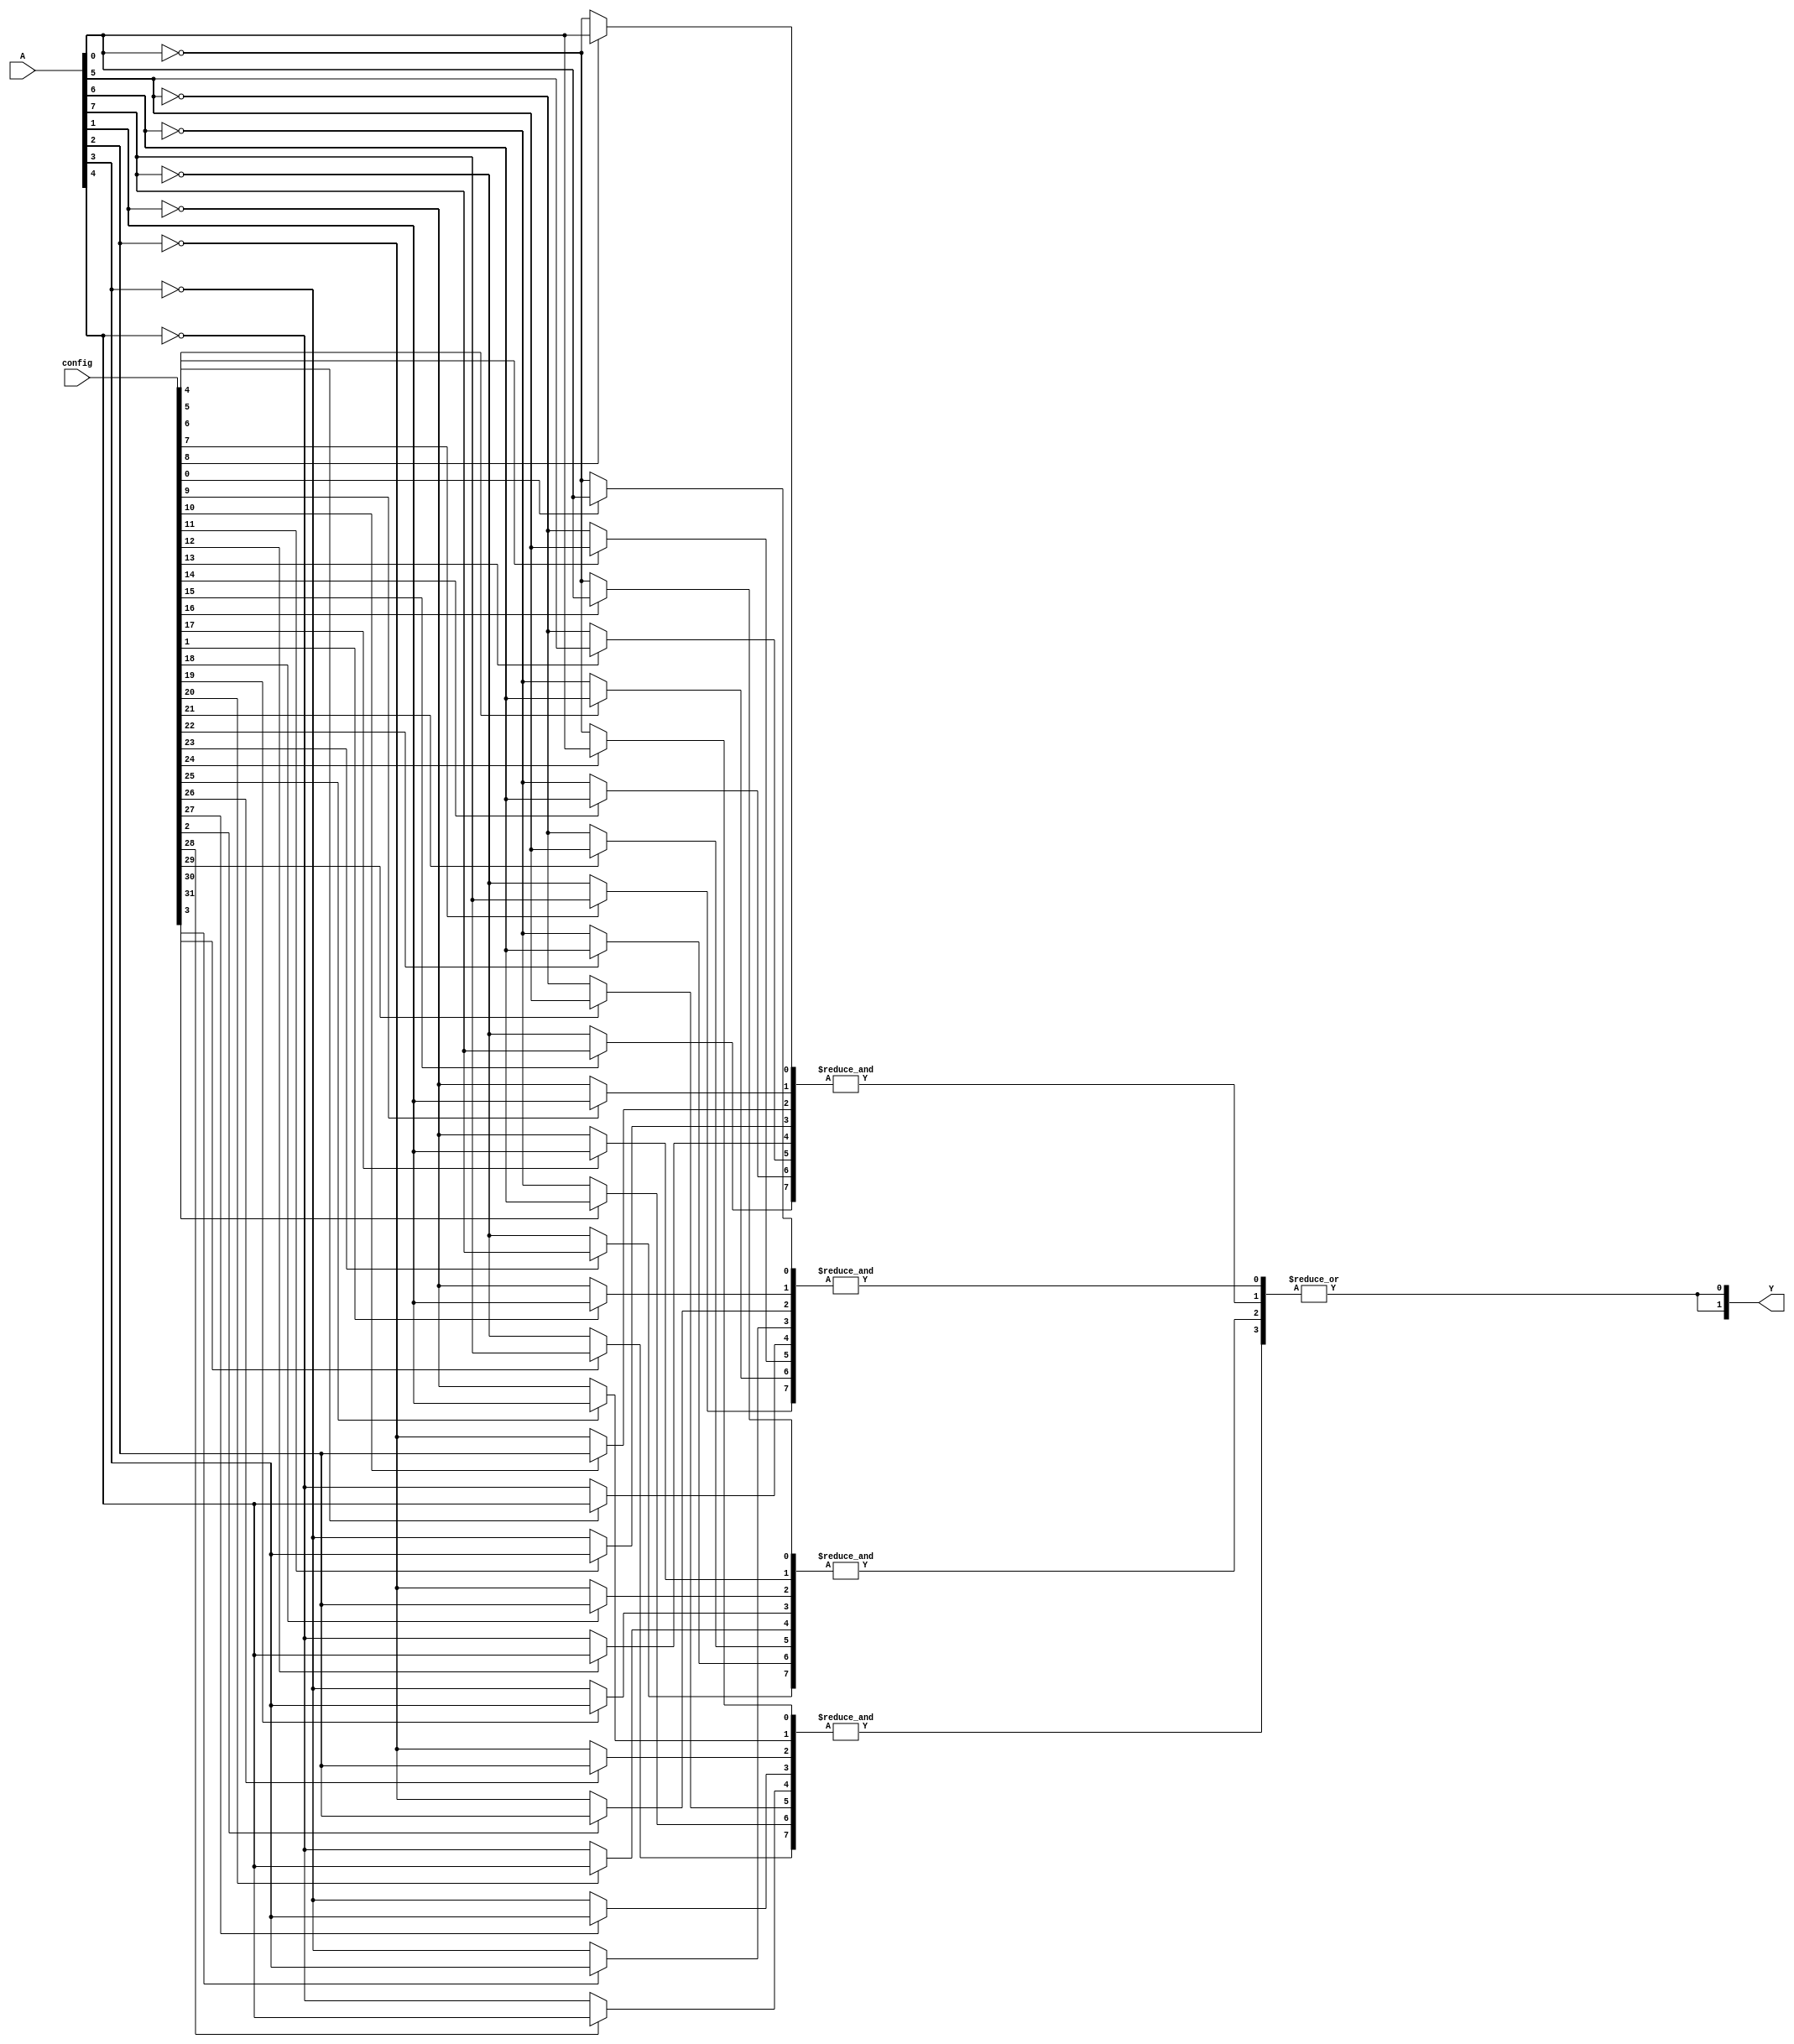
module SPAL #(
    parameter N = 8, // Number of inputs (A1 to An)
    parameter M = 4, // Number of product terms (AND gates)
    parameter P = 2  // Number of outputs
)(
    input  wire [N-1:0] A,           // Input signals
    input  wire [M*N-1:0] config,    // Configuration bits for AND gates
    output wire [P-1:0] Y            // Output signals
);

// Internal wires for AND outputs
wire [M-1:0] and_output;

// Generate the AND terms
genvar i;
generate
    for (i = 0; i < M; i = i + 1) begin : and_array
        wire [N-1:0] and_input;
        // Build the AND input based on the configuration bits
        genvar j;
        generate
            for (j = 0; j < N; j = j + 1) begin : input_select
                assign and_input[j] = config[i*N + j] ? A[j] : ~A[j];
            end
        endgenerate

        // AND gate logic
        assign and_output[i] = &and_input; // AND all selected inputs
    end
endgenerate

// OR logic to generate outputs
genvar k;
generate
    for (k = 0; k < P; k = k + 1) begin : or_array
        assign Y[k] = |and_output; // Combine outputs with fixed OR gates
    end
endgenerate

endmodule